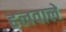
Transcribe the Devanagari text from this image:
हलवाले